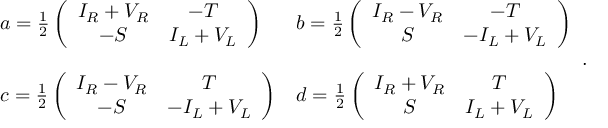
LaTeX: \begin{array} { l l } { { a = \frac { 1 } { 2 } \left( \begin{array} { c c } { { I _ { R } + V _ { R } } } & { { - T } } \\ { { - S } } & { { I _ { L } + V _ { L } } } \end{array} \right) } } & { { b = \frac { 1 } { 2 } \left( \begin{array} { c c } { { I _ { R } - V _ { R } } } & { { - T } } \\ { { S } } & { { - I _ { L } + V _ { L } } } \end{array} \right) } } \\ { { } } & { { } } \\ { { c = \frac { 1 } { 2 } \left( \begin{array} { c c } { { I _ { R } - V _ { R } } } & { { T } } \\ { { - S } } & { { - I _ { L } + V _ { L } } } \end{array} \right) } } & { { d = \frac { 1 } { 2 } \left( \begin{array} { c c } { { I _ { R } + V _ { R } } } & { { T } } \\ { { S } } & { { I _ { L } + V _ { L } } } \end{array} \right) } } \end{array} .